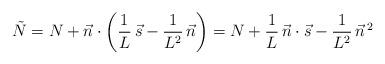
LaTeX: \begin{align*}\tilde{N} = N + \vec{n}\cdot\left(\frac{1}{L}\,\vec{s} - \frac{1}{L^2}\,\vec{n}\right) = N + \frac{1}{L}\,\vec{n}\cdot\vec{s} - \frac{1}{L^2}\,{\vec{n}}^{\,2}\end{align*}